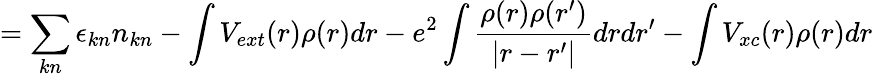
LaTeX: =\sum_{kn}\epsilon_{kn}n_{kn}-\int V_{ext}(r)\rho(r)dr-e^{2}\int\frac{\rho(r)\rho(r^{\prime})}{|r-r^{\prime}|}drdr^{\prime}-\int V_{xc}(r)\rho(r)dr